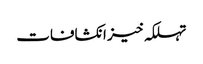
تہلکہ خیز انکشافات